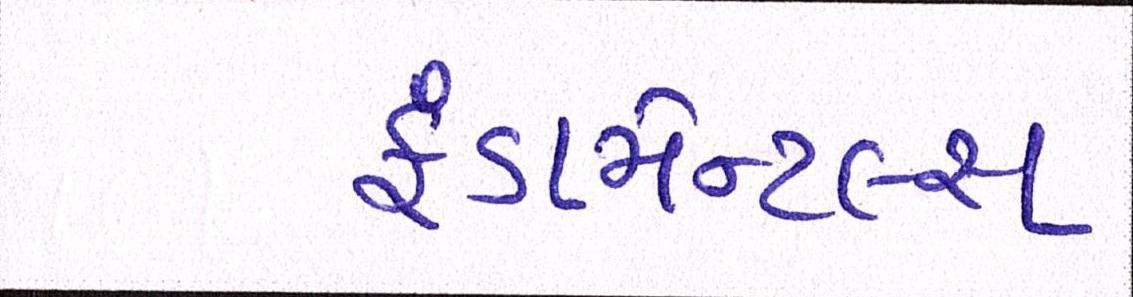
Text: ફંડામેન્ટલ્સ